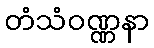
တံသံဝဏ္ဏနာ